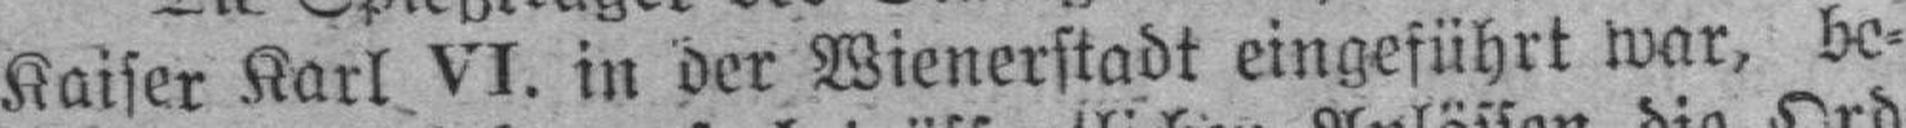
Kaiser Karl VI. in der Wienerstadt eingeführt war, be¬